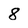
Character: 8